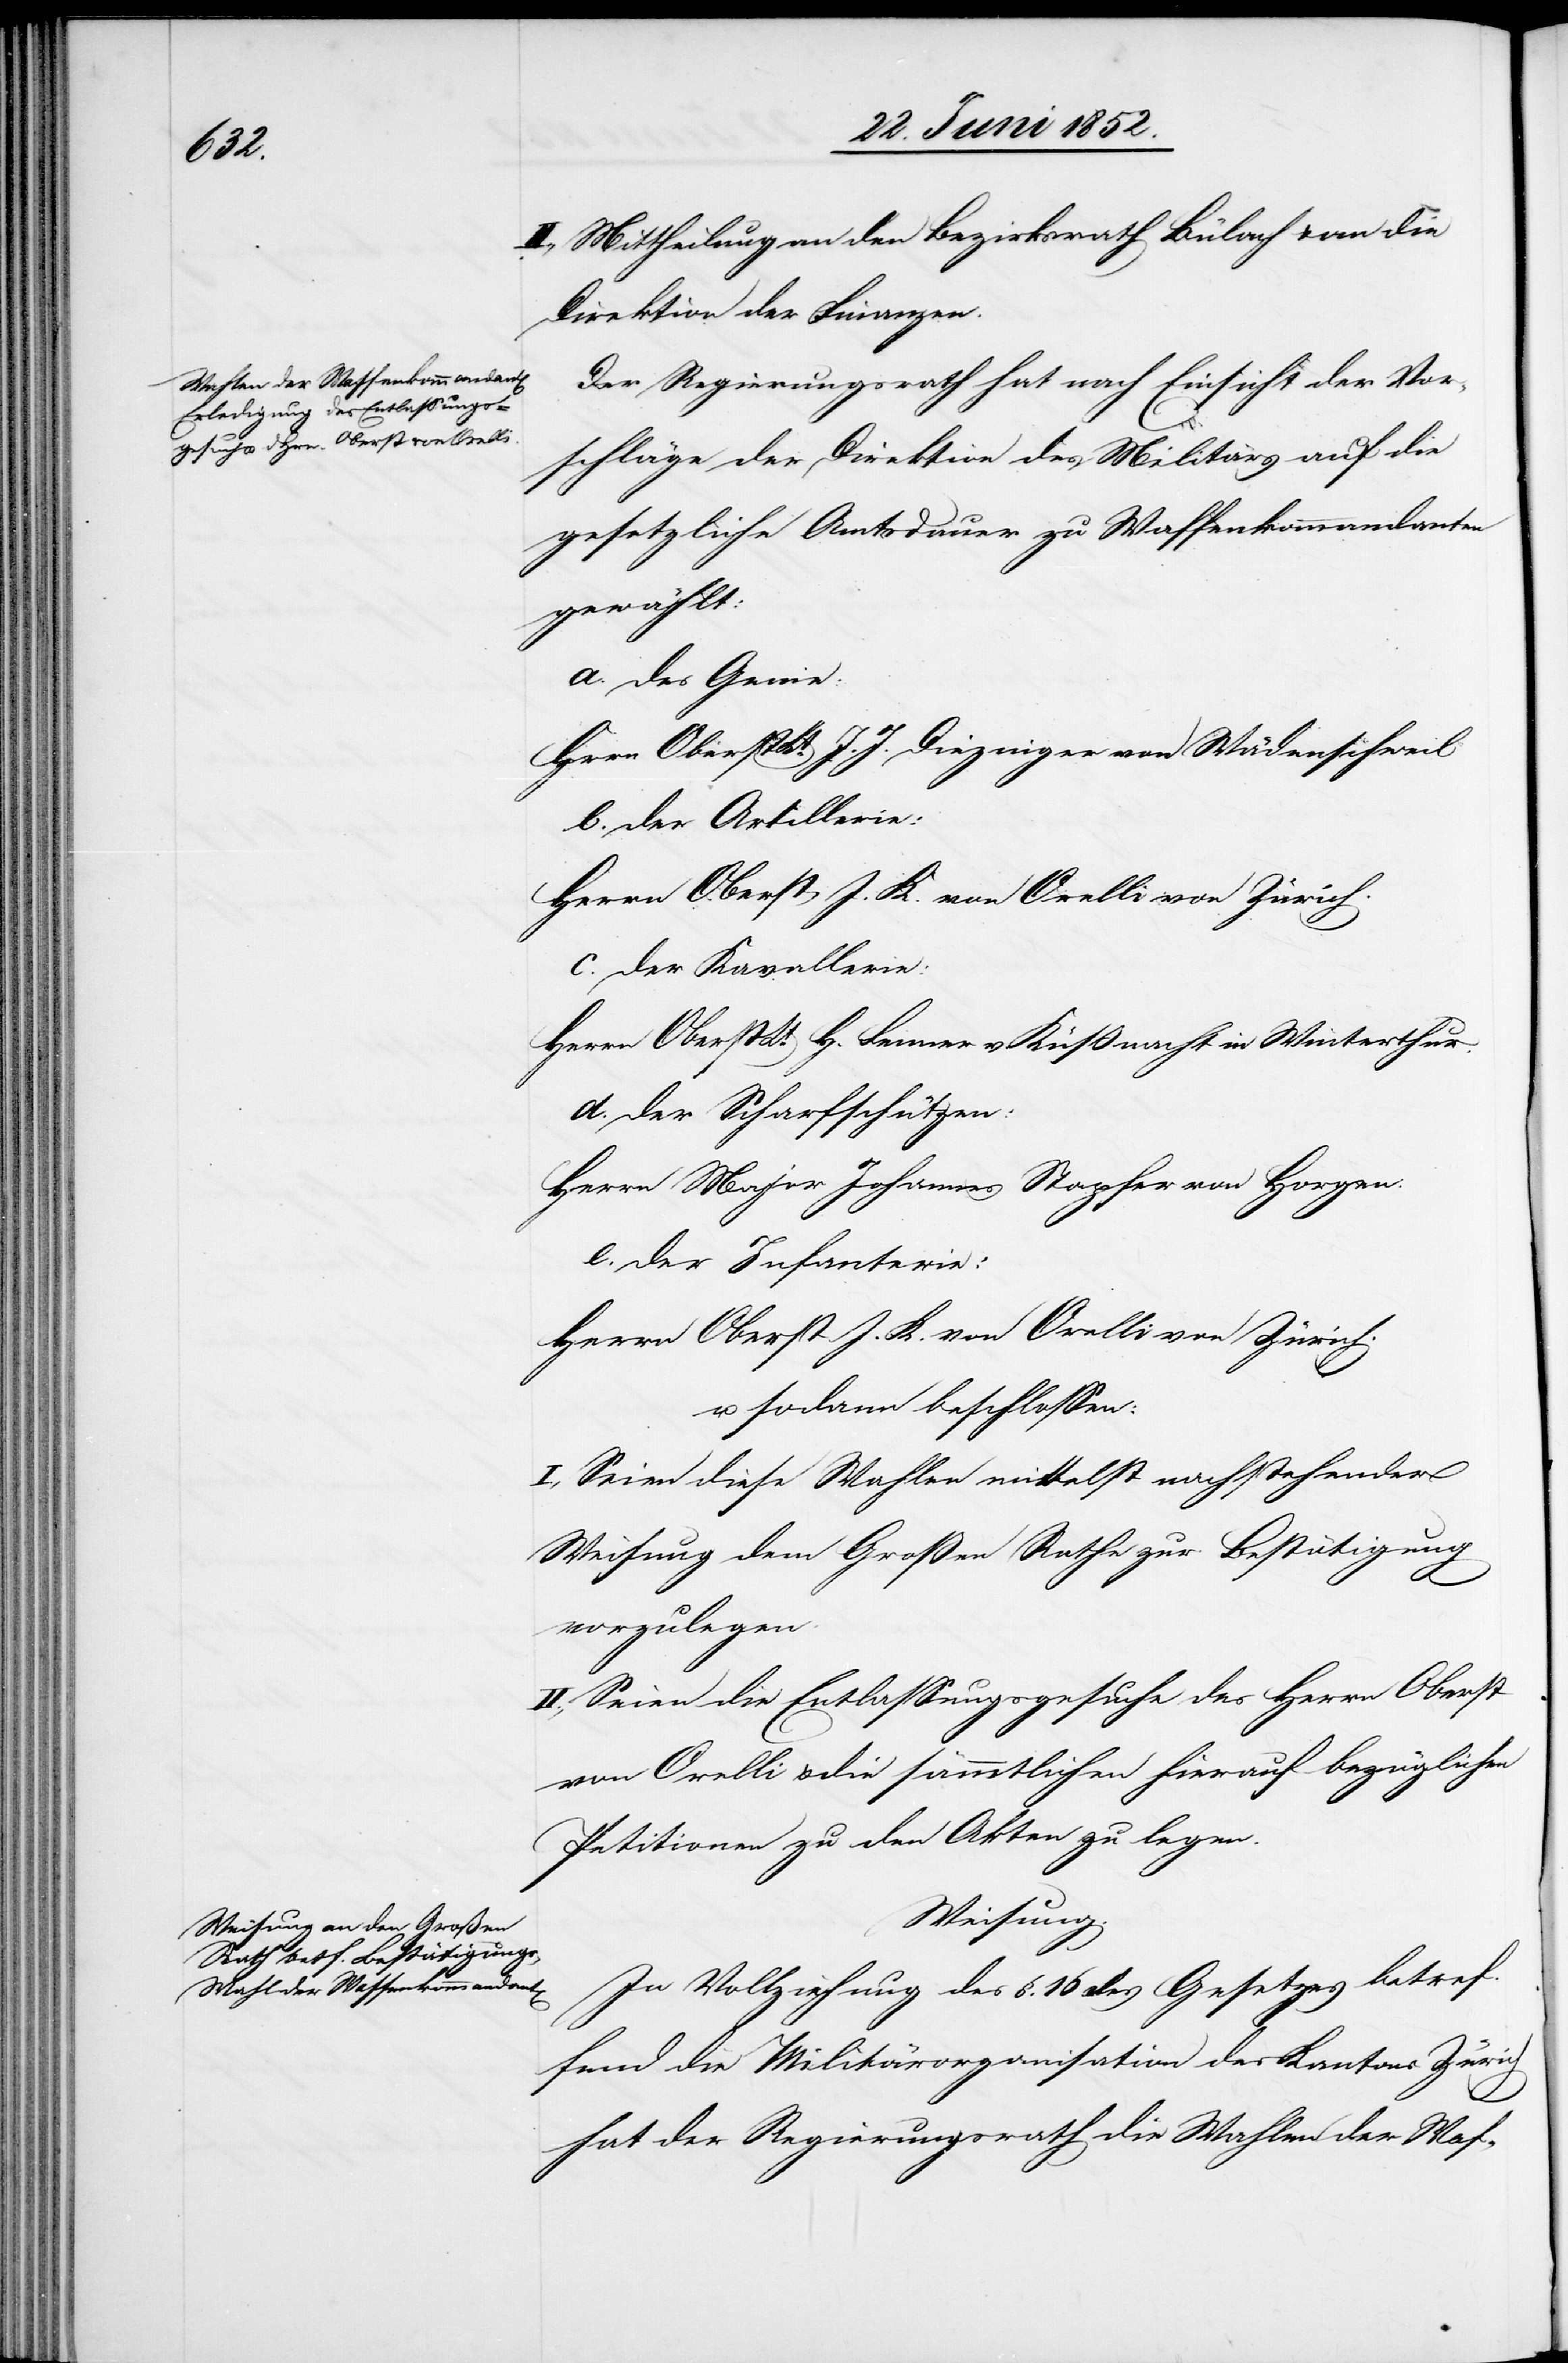
II., Mittheilung an den Bezirksrath Bülach & an die
Direktion der Finanzen.
Der Regierungsrath hat nach Einsicht der Vor¬
schläge der Direktion des Militärs auf die
gesetzliche Amtsdauer zu Waffenkommandanten
gewählt:
a. des Genie:
H[e]rrn Oberst Lt. J. J. Diezinger von Wädenschweil
b. der Artillerie:
Herrn Oberst J. K. von Orelli von Zürich.
c. der Kavallerie:
Herrn Oberst Lt. H. Fenner v. Küssnacht in Winterthur.
d. der Scharfschützen:
Herrn Major Johannes Stapfer von Horgen.
e. der Infanterie:
Herrn Oberst J. K. von Orelli von Zürich.
u. sodann beschlossen:
I., Seien diese Wahlen mittelst nachstehender
Weisung dem Großen Rathe zur Bestätigung
vorzulegen.
II., Seien die Entlassungsgesuche des Herrn Oberst
von Orelli & die sämmtlichen hierauf bezüglichen
Petitionen zu den Akten zu legen.
Weisung.
In Vollziehung des §. 16 des Gesetzes betref¬
fend die Militärorganisation des Kantons Zürich
hat der Regierungsrath die Wahlen der Waf-